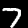
Digit: 7